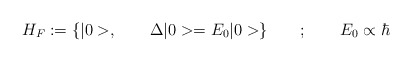
\begin{align*}H_F := {\{ |0>, \qquad \Delta |0> = E_0 |0> }\} \qquad ; \qquad E_0 \propto \hbar\end{align*}